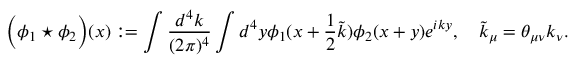
\Big ( \phi _ { 1 } \star \phi _ { 2 } \Big ) ( x ) : = \int \frac { d ^ { 4 } k } { ( 2 \pi ) ^ { 4 } } \int d ^ { 4 } y \phi _ { 1 } ( x + \frac 1 2 \tilde { k } ) \phi _ { 2 } ( x + y ) e ^ { i k y } , \quad \tilde { k } _ { \mu } = \theta _ { \mu \nu } k _ { \nu } .